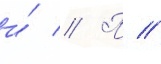
и́ // П //